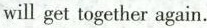
will get together again.